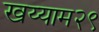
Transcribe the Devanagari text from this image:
खय्याम२९